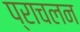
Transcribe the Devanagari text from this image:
प्राचलन